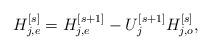
LaTeX: \begin{align*}H_{j,e}^{[s]} = H_{j,e}^{[s+1]} - U_j^{[s+1]} H_{j,o}^{[s]},\end{align*}